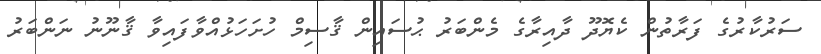
ސަރުކާރުގެ ފަރާތުން ކެޔޮދޫ ދާއިރާގެ މެންބަރު ޙުސައިން ޤާސިމް ހުށަހަޅުއްވާފައިވާ ޤާނޫނު ނަންބަރު